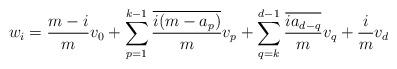
LaTeX: \begin{align*}w_i=\frac{m-i}{m}v_0+\sum_{p=1}^{k-1}\frac{\overline{i(m-a_p)}}{m}v_p+\sum_{q=k}^{d-1}\frac{\overline{ia_{d-q}}}{m}v_q+\frac{i}{m}v_d\end{align*}